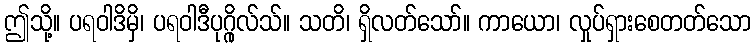
ဤသို့။ ပရဝါဒိမှိ၊ ပရဝါဒီပုဂ္ဂိုလ်သ်။ သတိ၊ ရှိလတ်သော်။ ကာယော၊ လှုပ်ရှားစေတတ်သော